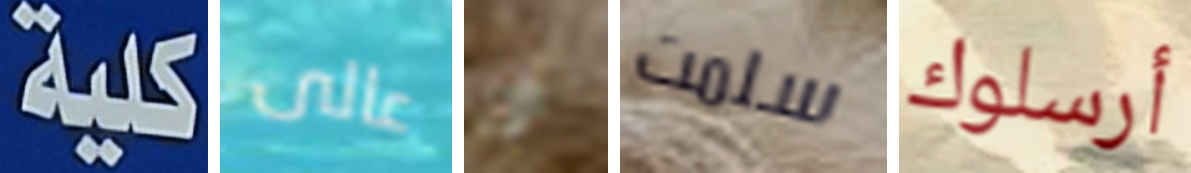
كلية عالى ان سلمت أرسلوك